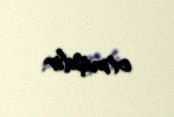
etmişdir.